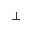
\bot